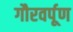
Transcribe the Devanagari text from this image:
गौरवर्पूण